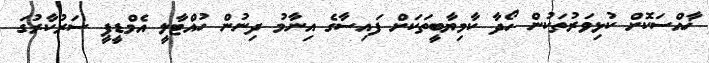
ޚާއްސަކޮށް ކުޅިވަރުތަކުން ހޯދާ ކާމިޔާބީތަކަށް ފައިސާގެ އިނާމު ދިނުން ހުއްޓާލީ އެމްޑީޕީ ސަރުކާރުގަ